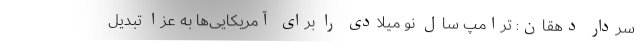
سردار دهقان: ترامپ سال نو میلادی را برای آمریکایی‌ها به عزا تبدیل